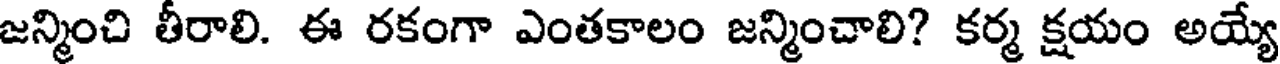
జన్మించి తీరాలి. ఈ రకంగా ఎంతకాలం జన్మించాలి? కర్మ క్షయం అయ్యే